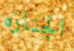
الجنازه